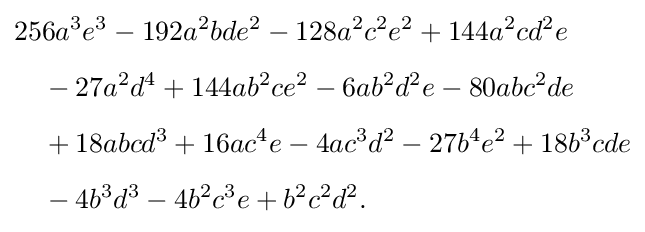
{\begin{aligned}&256a^{3}e^{3}-192a^{2}bde^{2}-128a^{2}c^{2}e^{2}+144a^{2}cd^{2}e\\[4pt]&\quad -27a^{2}d^{4}+144ab^{2}ce^{2}-6ab^{2}d^{2}e-80abc^{2}de\\[4pt]&\quad +18abcd^{3}+16ac^{4}e-4ac^{3}d^{2}-27b^{4}e^{2}+18b^{3}cde\\[4pt]&\quad -4b^{3}d^{3}-4b^{2}c^{3}e+b^{2}c^{2}d^{2}.\end{aligned}}